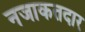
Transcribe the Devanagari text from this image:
नजाकतदार